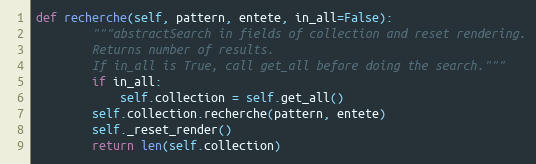
Language: Python
def recherche(self, pattern, entete, in_all=False):
        """abstractSearch in fields of collection and reset rendering.
        Returns number of results.
        If in_all is True, call get_all before doing the search."""
        if in_all:
            self.collection = self.get_all()
        self.collection.recherche(pattern, entete)
        self._reset_render()
        return len(self.collection)